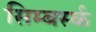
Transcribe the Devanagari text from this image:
सिम्बर्स्क